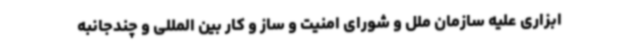
ابزاری علیه سازمان ملل و شورای امنیت و ساز و کار بین المللی و چندجانبه